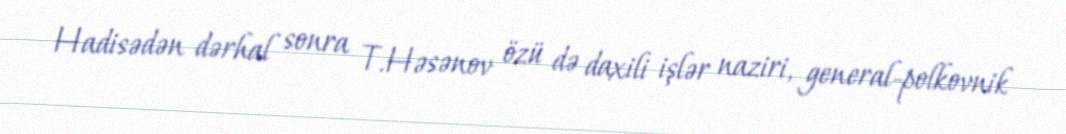
Hadisədən dərhal sonra T.Həsənov özü də daxili işlər naziri, general-polkovnik